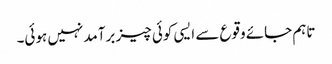
تاہم جائے وقوع سے ایسی کوئی چیز برآمد نہیں ہوئی۔